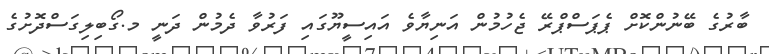
ބާރުގެ ބޭނުންކޮށް ޕެޕަސްޕްރޭ ޖެހުމުން އަނިޔާވެ އައިސީޔޫގައި ފަރުވާ ދެމުން ދަނީ މ.ގޯބިލިގަސްދޮށުގެ